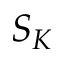
S _ { K }